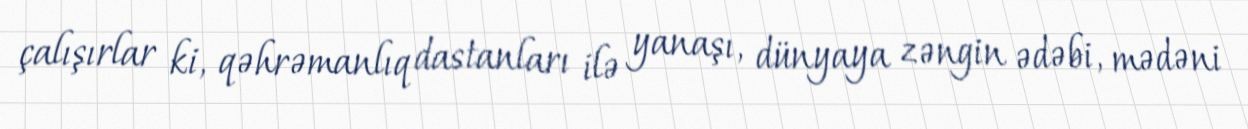
çalışırlar ki, qəhrəmanlıq dastanları ilə yanaşı, dünyaya zəngin ədəbi, mədəni